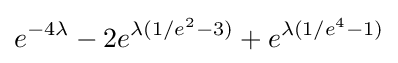
e^{-4\lambda }-2e^{\lambda (1/e^{2}-3)}+e^{\lambda (1/e^{4}-1)}